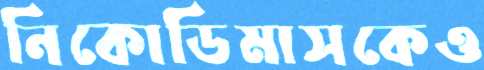
নিকোডিমাসকেও